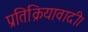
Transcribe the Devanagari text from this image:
प्रतिक्रियावादी।